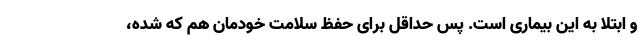
و ابتلا به این بیماری است. پس حداقل برای حفظ سلامت خودمان هم که شده،